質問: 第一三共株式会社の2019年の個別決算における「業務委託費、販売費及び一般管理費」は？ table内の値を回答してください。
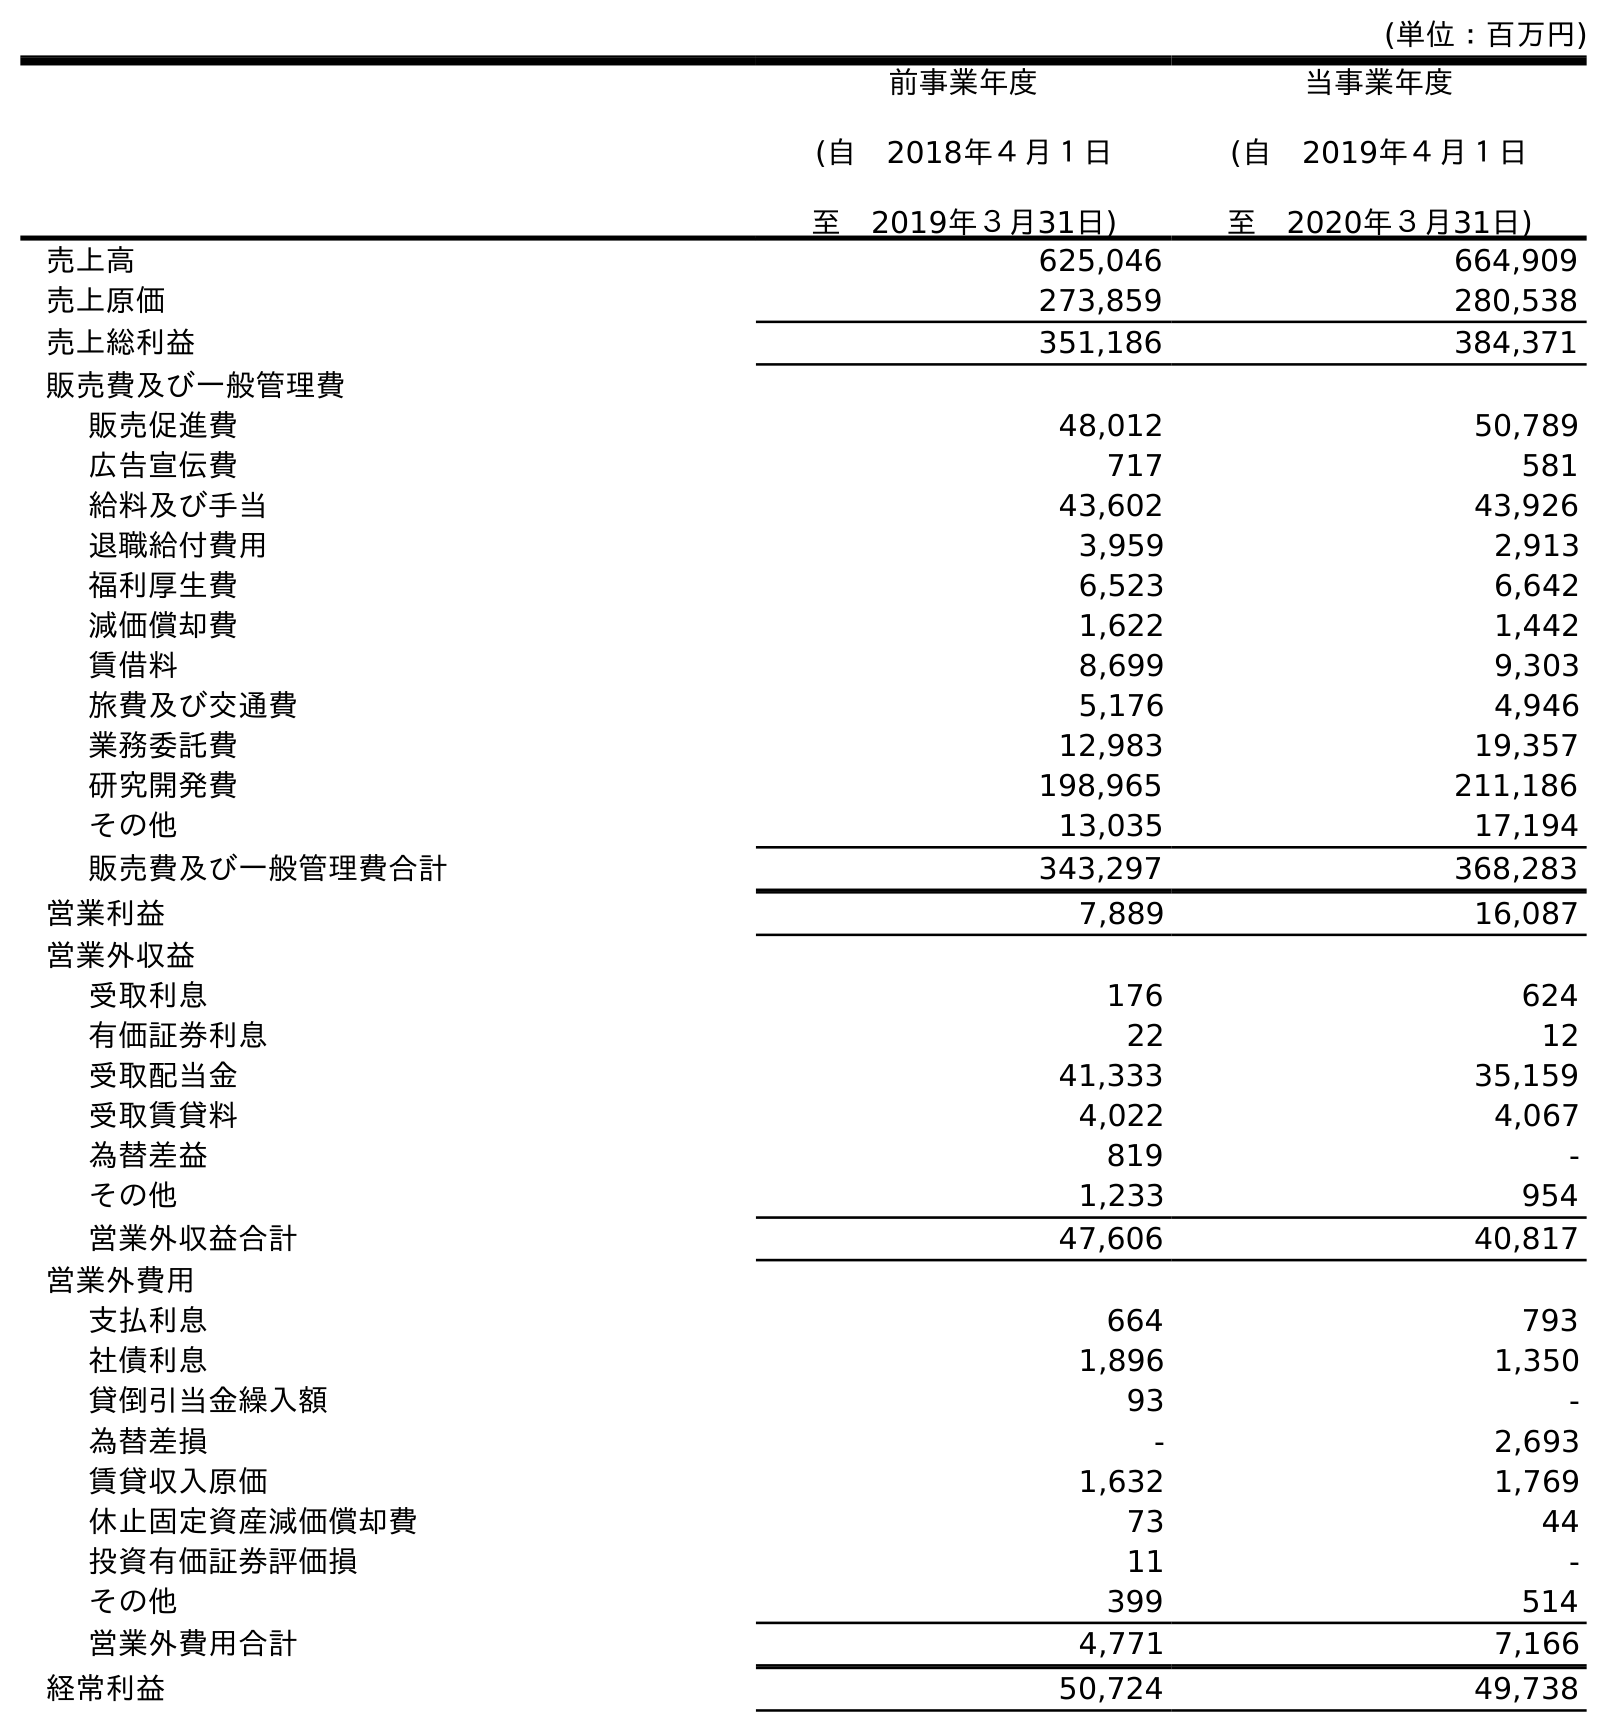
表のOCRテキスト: (単位：百万円) 前事業年度 (自 2018年４月１日 至 2019年３月31日) 当事業年度 (自 2019年４月１日 至 2020年３月31日) 売上高 625,046 664,909 売上原価 273,859 280,538 売上総利益 351,186 384,371 販売費及び一般管理費 販売促進費 48,012 50,789 広告宣伝費 717 581 給料及び手当 43,602 43,926 退職給付費用 3,959 2,913 福利厚生費 6,523 6,642 減価償却費 1,622 1,442 賃借料 8,699 9,303 旅費及び交通費 5,176 4,946 業務委託費 12,983 19,357 研究開発費 198,965 211,186 その他 13,035 17,194 販売費及び一般管理費合計 343,297 368,283 営業利益 7,889 16,087 営業外収益 受取利息 176 624 有価証券利息 22 12 受取配当金 41,333 35,159 受取賃貸料 4,022 4,067 為替差益 819 - その他 1,233 954 営業外収益合計 47,606 40,817 営業外費用 支払利息 664 793 社債利息 1,896 1,350 貸倒引当金繰入額 93 - 為替差損 - 2,693 賃貸収入原価 1,632 1,769 休止固定資産減価償却費 73 44 投資有価証券評価損 11 - その他 399 514 営業外費用合計 4,771 7,166 経常利益 50,724 49,738
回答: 12,983